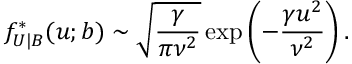
f _ { U | B } ^ { * } ( u ; b ) \sim \sqrt { \frac { \gamma } { \pi \nu ^ { 2 } } } \exp \left( - \frac { \gamma u ^ { 2 } } { \nu ^ { 2 } } \right) .